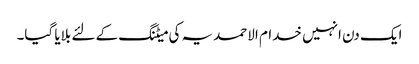
ایک دن انہیں خدام الاحمدیہ کی میٹنگ کے لئے بلایا گیا۔